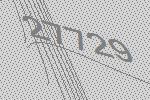
27729